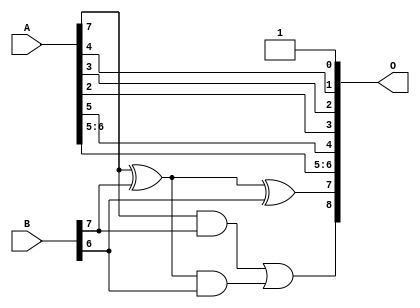
/***
* This code is a part of EvoApproxLib library (ehw.fit.vutbr.cz/approxlib) distributed under The MIT License.
* When used, please cite the following article(s):  
* This file contains a circuit from a sub-set of pareto optimal circuits with respect to the pwr and mse parameters
***/
// MAE% = 6.45 %
// MAE = 33 
// WCE% = 16.60 %
// WCE = 85 
// WCRE% = 125.00 %
// EP% = 99.22 %
// MRE% = 16.82 %
// MSE = 1488 
// PDK45_PWR = 0.0032 mW
// PDK45_AREA = 8.9 um2
// PDK45_DELAY = 0.12 ns


module add8u_0CA(A, B, O);
  input [7:0] A, B;
  output [8:0] O;
  wire sig_48, sig_49, sig_50;
  assign O[0] = 1'b1;
  assign O[4] = A[5];
  assign sig_48 = A[7] ^ B[7];
  assign sig_49 = A[7] & B[7];
  assign sig_50 = sig_48 & B[6];
  assign O[7] = sig_48 ^ B[6];
  assign O[8] = sig_49 | sig_50;
  assign O[1] = A[4];
  assign O[2] = A[3];
  assign O[3] = A[2];
  assign O[5] = A[5];
  assign O[6] = A[6];
endmodule